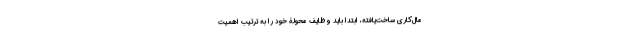
مال‌کاریِ ساخت‌یافته، ابتدا باید وظایف محولۀ خود را به ‌ترتیب اهمیت